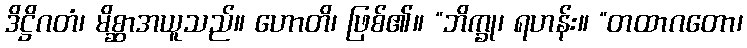
ဒိဋ္ဌိဂတံ၊ မိစ္ဆာအယူသည်။ ဟောတိ၊ ဖြစ်၏။ “ဘိက္ခု၊ ရဟန်း။ “တထာဂတော၊